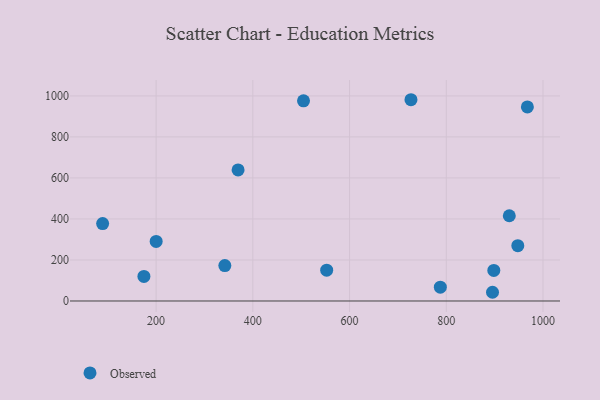
{"axis": {"x": "Distance", "y": "Exam Score"}, "legend": ["Observed"], "data": [{"x": "89.4", "y": 377.5, "type": "Observed"}, {"x": "727.0", "y": 981.4, "type": "Observed"}, {"x": "369.5", "y": 639.1, "type": "Observed"}, {"x": "947.9", "y": 269.9, "type": "Observed"}, {"x": "342.1", "y": 172.6, "type": "Observed"}, {"x": "552.7", "y": 150.5, "type": "Observed"}, {"x": "200.1", "y": 290.5, "type": "Observed"}, {"x": "174.8", "y": 119.8, "type": "Observed"}, {"x": "895.6", "y": 42.5, "type": "Observed"}, {"x": "967.7", "y": 946.1, "type": "Observed"}, {"x": "504.8", "y": 976.1, "type": "Observed"}, {"x": "787.7", "y": 67.5, "type": "Observed"}, {"x": "898.3", "y": 148.8, "type": "Observed"}, {"x": "930.3", "y": 415.7, "type": "Observed"}]}